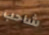
شاحب